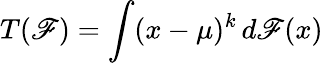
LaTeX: T(\mathscr{F})=\int(x-\mu)^{k}\, d\mathscr{F}(x)